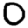
Digit: 0